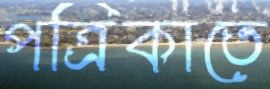
পত্রিকাতে